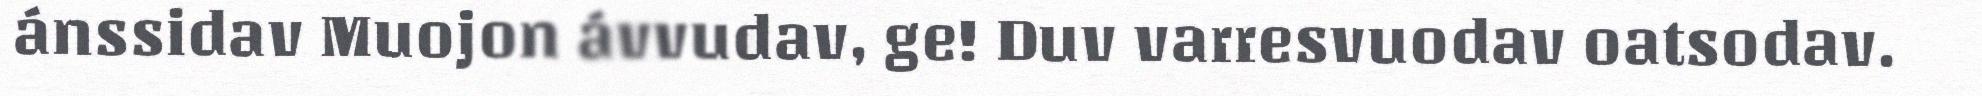
ánssidav Muojon ávvudav, ge! Duv varresvuodav oatsodav.